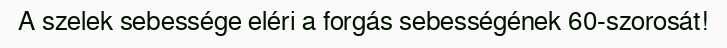
A szelek sebessége eléri a forgás sebességének 60-szorosát!